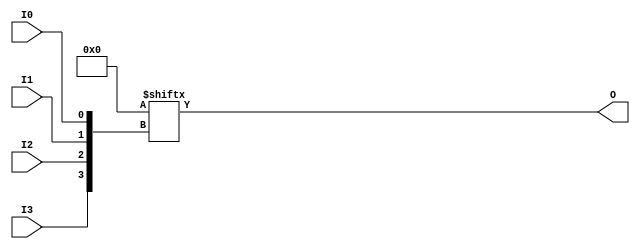
module LUT4 (O, I0, I1, I2, I3);

  parameter INIT = 16'h0000;

`ifdef XIL_TIMING

  parameter LOC = "UNPLACED";

`endif

  output O;
  input I0, I1, I2, I3;

  wire  a0, a1, a2, a3;
  wire o_out_tmp;
  reg o_out;
  reg tmp;

  buf b0 (a0, I0);
  buf b1 (a1, I1);
  buf b2 (a2, I2);
  buf b3 (a3, I3);

  buf b4 (O, o_out_tmp);

  assign o_out_tmp = o_out;

  always @(  a3 or  a2 or  a1 or  a0 )  begin

      tmp =  a0 ^ a1  ^ a2 ^ a3;

    if ( tmp == 0 || tmp == 1)

      o_out = INIT[{a3, a2, a1, a0}];

    else 

      o_out =  lut4_mux4 ( {lut4_mux4 ( INIT[15:12], {a1, a0}),
                          lut4_mux4 ( INIT[11:8], {a1, a0}),
                          lut4_mux4 ( INIT[7:4], {a1, a0}),
                          lut4_mux4 ( INIT[3:0], {a1, a0}) }, {a3, a2});
  end

  specify

	(I0 => O) = (0:0:0, 0:0:0);
	(I1 => O) = (0:0:0, 0:0:0);
	(I2 => O) = (0:0:0, 0:0:0);
	(I3 => O) = (0:0:0, 0:0:0);
	specparam PATHPULSE$ = 0;

  endspecify


  function lut4_mux4;
  input [3:0] d;
  input [1:0] s;

  begin

       if ((s[1]^s[0] ==1) || (s[1]^s[0] ==0))

           lut4_mux4 = d[s];

         else if ((d[0] ^ d[1]) == 0 && (d[2] ^ d[3]) == 0 && (d[0] ^ d[2]) == 0)
           lut4_mux4 = d[0];
         else if ((s[1] == 0) && (d[0] == d[1]))
           lut4_mux4 = d[0];
         else if ((s[1] == 1) && (d[2] == d[3]))
           lut4_mux4 = d[2];
         else if ((s[0] == 0) && (d[0] == d[2]))
           lut4_mux4 = d[0];
         else if ((s[0] == 1) && (d[1] == d[3]))
           lut4_mux4 = d[1];
         else
           lut4_mux4 = 1'bx;

   end
  endfunction

endmodule